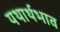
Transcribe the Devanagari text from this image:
यथार्थभाव